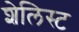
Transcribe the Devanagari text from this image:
शेलिस्ट